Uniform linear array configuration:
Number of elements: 48
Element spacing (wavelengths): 1
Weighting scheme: hamming
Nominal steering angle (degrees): -15
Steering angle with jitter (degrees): -15.439
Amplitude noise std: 0.05
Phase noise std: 0.05

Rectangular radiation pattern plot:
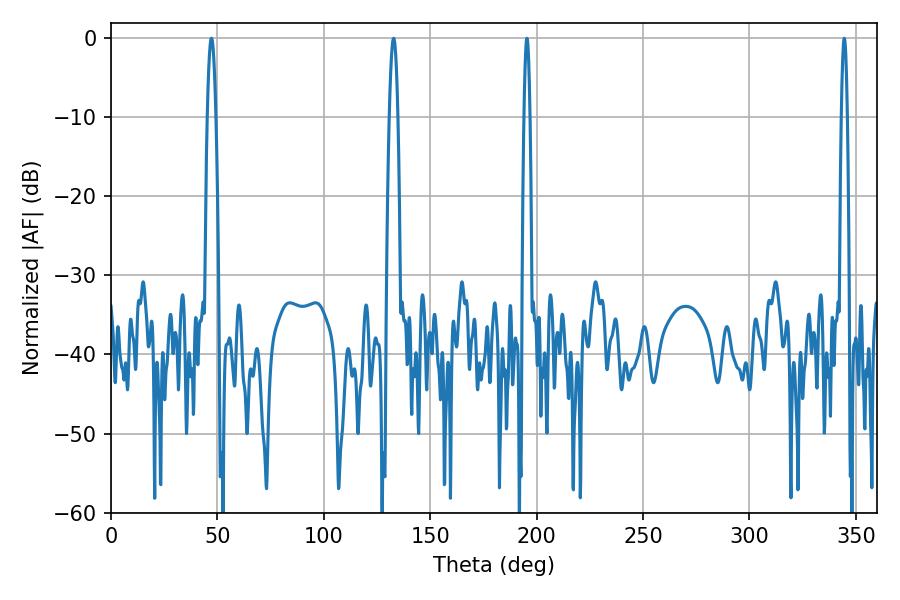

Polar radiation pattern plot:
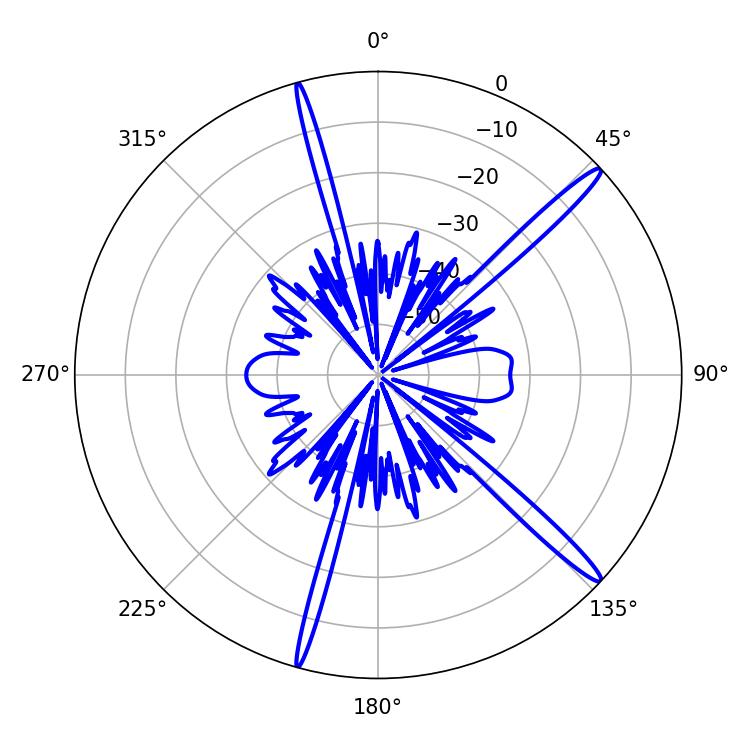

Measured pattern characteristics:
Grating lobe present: TRUE
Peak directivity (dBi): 16.34
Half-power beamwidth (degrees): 2.16
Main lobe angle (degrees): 47.16